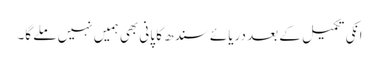
انکی تکمیل کے بعد دریائے سندھ کا پانی بھی ہمیں نہیں ملے گا۔